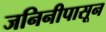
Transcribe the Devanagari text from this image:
जनिनीपासून